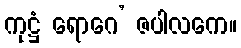
ကုဋ္ဌံ ရောဂေ’ ဇပါလကေ။